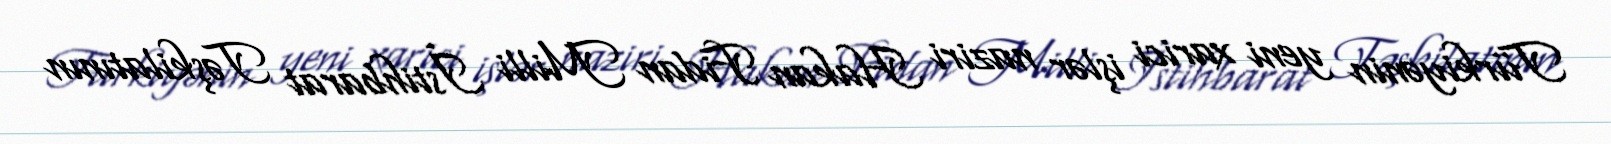
Türkiyənin yeni xarici işlər naziri Hakan Fidan Milli İstihbarat Təşkilatının